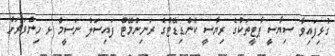
ގުޅިފައިވާ ސިޔާސީ ޕާޓީތަކުގެ ރިޔާސީ ކެންޑިޑޭޓްގެ ރަނިންމޭޓް ފައިސަލް ނަސީމް ޅ ހިންވަރަށް